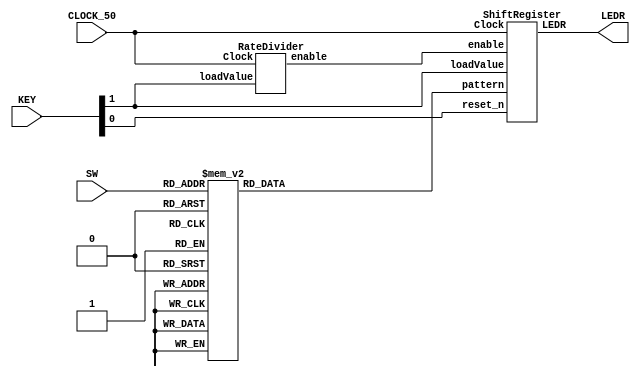
module morse(LEDR, SW, KEY, CLOCK_50);
	input [2:0] SW; // choose one of the 8 letters S to Z
	input [1:0] KEY; // KEY[1] Start display morse code for chosen letter
	                // KEY[0] asynchronous reset
	input CLOCK_50;
	output [0:0] LEDR;  //display morse code
	reg [13:0] Pattern;
	wire flash;
	
	always @(*)
	begin
		case(SW[2:0])
			3'b000: Pattern[13:0] = 14'b10101000000000;
			3'b001: Pattern[13:0] = 14'b11100000000000;
			3'b010: Pattern[13:0] = 14'b10101110000000;
			3'b011: Pattern[13:0] = 14'b10101011100000;
			3'b100: Pattern[13:0] = 14'b10111011100000;
			3'b101: Pattern[13:0] = 14'b11101010111000;
			3'b110: Pattern[13:0] = 14'b11101011101110;
			3'b111: Pattern[13:0] = 14'b11101110101000;
			default: Pattern[13:0] = 14'b00000000000000;
		endcase
	end
	
	RateDivider b2(
		.enable(flash), 
		.loadValue(KEY[1]), 
		.Clock(CLOCK_50)
	);

	ShiftRegister b3(
		.LEDR(LEDR[0]),
		.enable(flash),
		.Clock(CLOCK_50),
		.reset_n(KEY[0]),
		.loadValue(KEY[1]),
		.pattern(Pattern)
	);
endmodule

module RateDivider(enable, loadValue, Clock);
	input loadValue, Clock;
	output enable;
	reg [24:0] count;
	
	always @(posedge Clock)
	begin
		if (loadValue == 1'b0)
			count <= 25'd24_999_999;
		else
			begin
				if (count == 9'd0)
					count <= 25'd24_999_999;
				else
					count <= count - 25'd1;
			end
	end
	assign enable = (count == 25'd0) ? 1 : 0;
endmodule

module ShiftRegister(LEDR, enable, Clock, reset_n, loadValue, pattern);
	input enable, Clock, reset_n, loadValue;
	input [13:0] pattern;
	output reg LEDR;
	reg [13:0] Pattern;
	
	always @(posedge Clock, negedge reset_n)
	begin
		if (reset_n == 1'b0)
			begin
				LEDR <= 1'b0;
				Pattern <= 14'b0;
			end
		else if (loadValue == 1'b0)
			begin
				LEDR <= 1'b0;
				Pattern <= pattern;
			end
		else if (enable == 1)
			begin
				LEDR <= Pattern[13];
				Pattern[13:0] = {Pattern[12:0], 1'b0};
			end
	end
endmodule